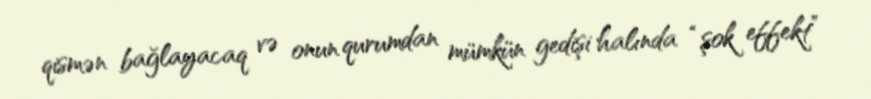
qismən bağlayacaq və onun qurumdan mümkün gedişi halında “şok effekt”